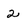
Character: 2